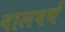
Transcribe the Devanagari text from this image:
वालवर्थ